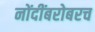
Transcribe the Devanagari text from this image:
नोंदींबरोबरच